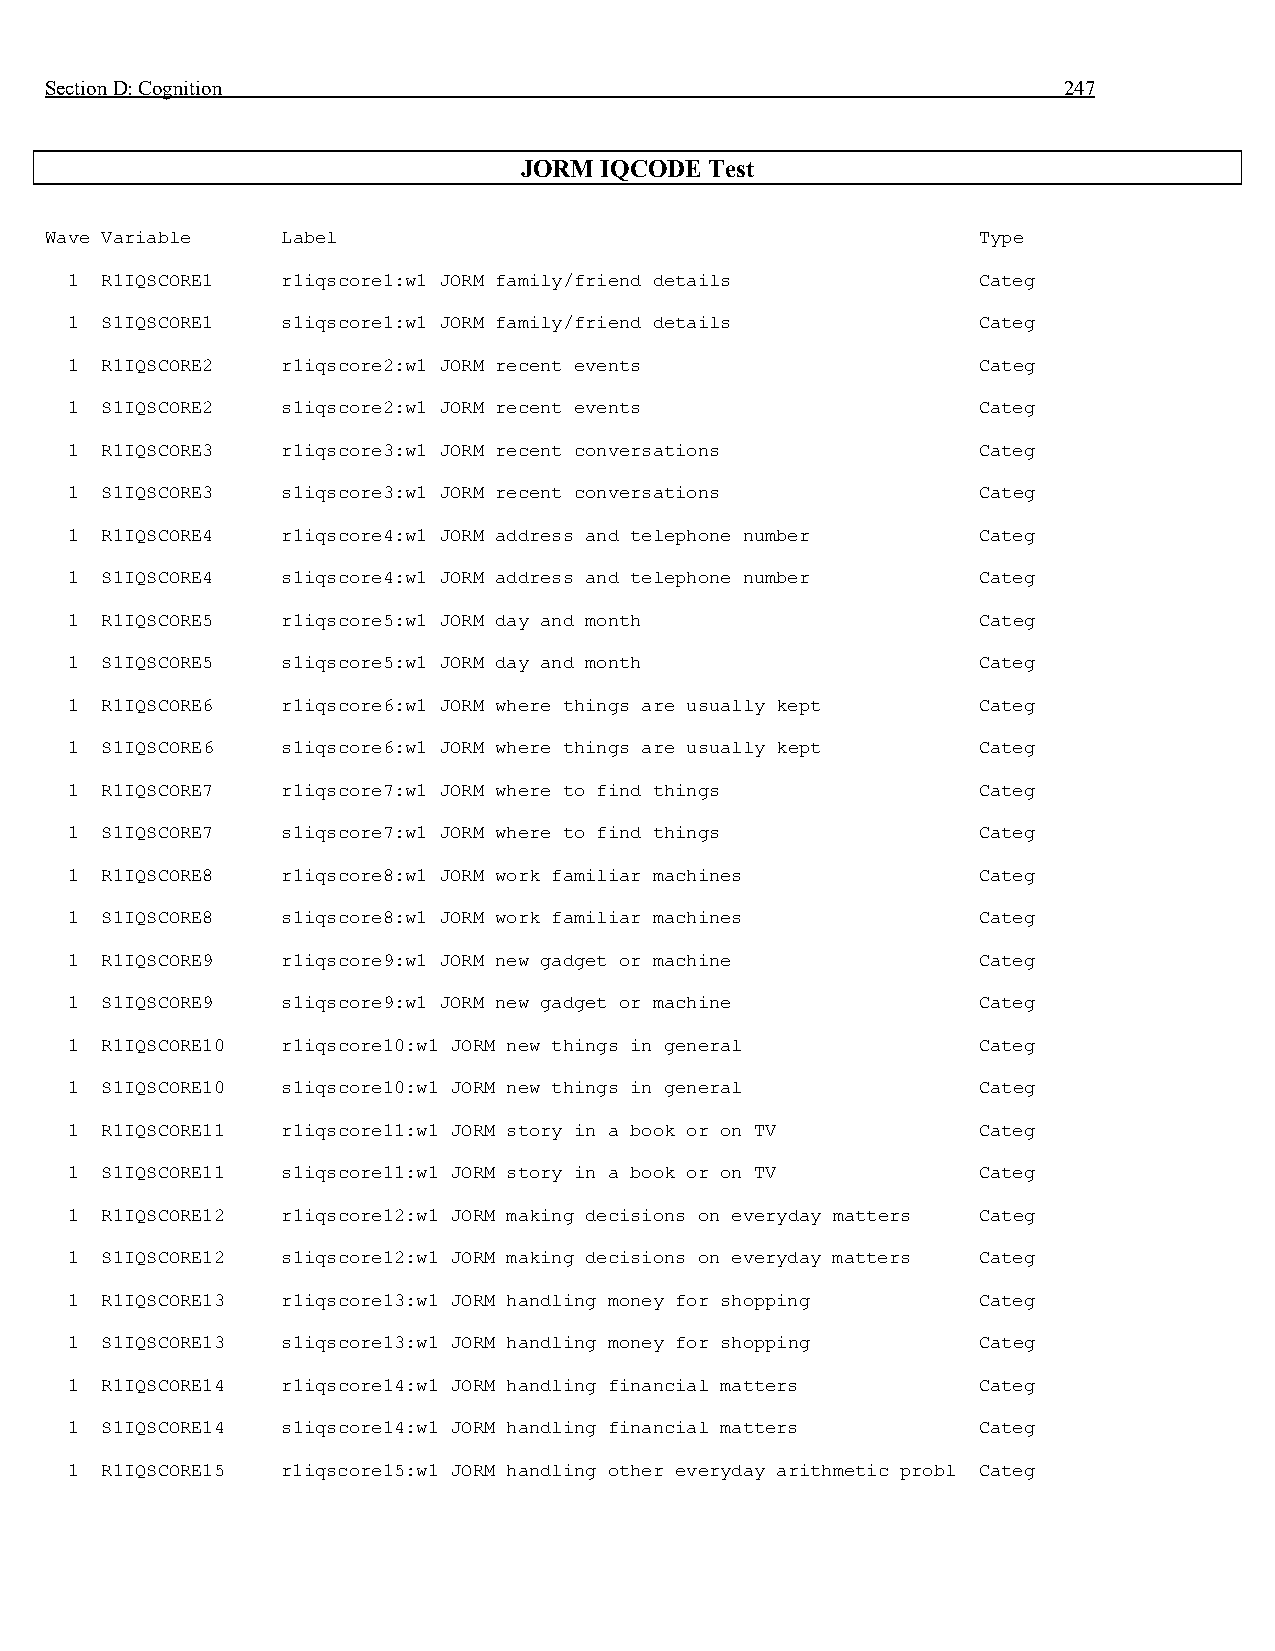
Section D: Cognition                                               247
 JORM  IQCODE Test
 Wave Variable   Label                                         Type
 1  R1IQSCORE1  r1iqscore1:w1 JORM family/friend details      Categ
 1  S1IQSCORE1  s1iqscore1:w1 JORM family/friend details      Categ
 1  R1IQSCORE2  r1iqscore2:w1 JORM recent events              Categ
 1  S1IQSCORE2  s1iqscore2:w1 JORM recent events              Categ
 1  R1IQSCORE3  r1iqscore3:w1 JORM recent conversations       Categ
 1  S1IQSCORE3  s1iqscore3:w1 JORM recent conversations       Categ
 1  R1IQSCORE4  r1iqscore4:w1 JORM address and telephone number Categ
 1  S1IQSCORE4  s1iqscore4:w1 JORM address and telephone number Categ
 1  R1IQSCORE5  r1iqscore5:w1 JORM day and month              Categ
 1  S1IQSCORE5  s1iqscore5:w1 JORM day and month              Categ
 1  R1IQSCORE6  r1iqscore6:w1 JORM where things are usually kept Categ
 1  S1IQSCORE6  s1iqscore6:w1 JORM where things are usually kept Categ
 1  R1IQSCORE7  r1iqscore7:w1 JORM where to find things       Categ
 1  S1IQSCORE7  s1iqscore7:w1 JORM where to find things       Categ
 1  R1IQSCORE8  r1iqscore8:w1 JORM work familiar machines     Categ
 1  S1IQSCORE8  s1iqscore8:w1 JORM work familiar machines     Categ
 1  R1IQSCORE9  r1iqscore9:w1 JORM new gadget or machine      Categ
 1  S1IQSCORE9  s1iqscore9:w1 JORM new gadget or machine      Categ
 1  R1IQSCORE10 r1iqscore10:w1 JORM new things in general     Categ
 1  S1IQSCORE10 s1iqscore10:w1 JORM new things in general     Categ
 1  R1IQSCORE11 r1iqscore11:w1 JORM story in a book or on TV  Categ
 1  S1IQSCORE11 s1iqscore11:w1 JORM story in a book or on TV  Categ
 1  R1IQSCORE12 r1iqscore12:w1 JORM making decisions on everyday matters Categ
 1  S1IQSCORE12 s1iqscore12:w1 JORM making decisions on everyday matters Categ
 1  R1IQSCORE13 r1iqscore13:w1 JORM handling money for shopping Categ
 1  S1IQSCORE13 s1iqscore13:w1 JORM handling money for shopping Categ
 1  R1IQSCORE14 r1iqscore14:w1 JORM handling financial matters Categ
 1  S1IQSCORE14 s1iqscore14:w1 JORM handling financial matters Categ
 1  R1IQSCORE15 r1iqscore15:w1 JORM handling other everyday arithmetic probl Categ